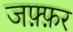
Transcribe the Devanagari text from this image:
जफ़्फ़र